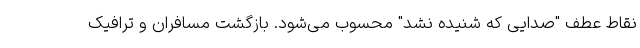
نقاط عطف "صدایی که شنیده نشد" محسوب می‌شود. بازگشت مسافران و ترافیک